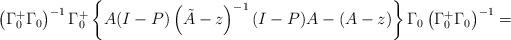
LaTeX: \begin{align*}\left( \Gamma_{0}^{+}\Gamma_{0} \right)^{-1}\Gamma_{0}^{+}\left\{ A(I-P)\left( \tilde{A}-z \right)^{-1}(I-P)A-\left( A-z \right) \right\}\Gamma_{0}\left( \Gamma_{0}^{+}\Gamma_{0} \right)^{-1}=\end{align*}